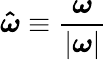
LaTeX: \boldsymbol{\hat{\omega}}\equiv\frac{\boldsymbol{\omega}}{|\boldsymbol{\omega}|}